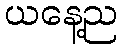
ယနေ့ည